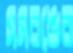
সমরঙের